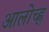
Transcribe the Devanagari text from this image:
आलोच्ह्न